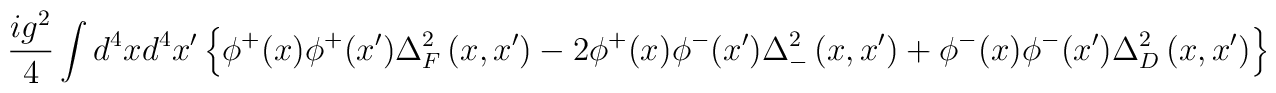
\frac{ig^2}4\int d^4xd^4x^{\prime }\left\{ \phi ^{+}(x)\phi ^{+}(x^{\prime})\Delta _F^2\left( x,x^{\prime }\right) -2\phi ^{+}(x)\phi ^{-}(x^{\prime})\Delta _{-}^2\left( x,x^{\prime }\right) +\phi ^{-}(x)\phi ^{-}(x^{\prime})\Delta _D^2\left( x,x^{\prime }\right) \right\}